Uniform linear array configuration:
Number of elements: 64
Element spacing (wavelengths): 0.25
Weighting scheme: hamming
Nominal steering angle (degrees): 45
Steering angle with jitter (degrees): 44.577
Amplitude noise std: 0.05
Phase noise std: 0.05

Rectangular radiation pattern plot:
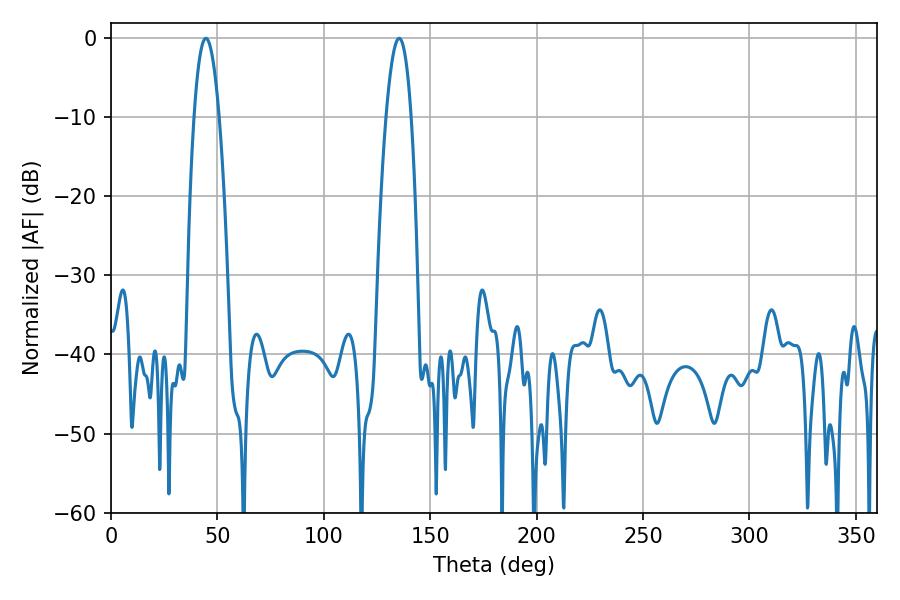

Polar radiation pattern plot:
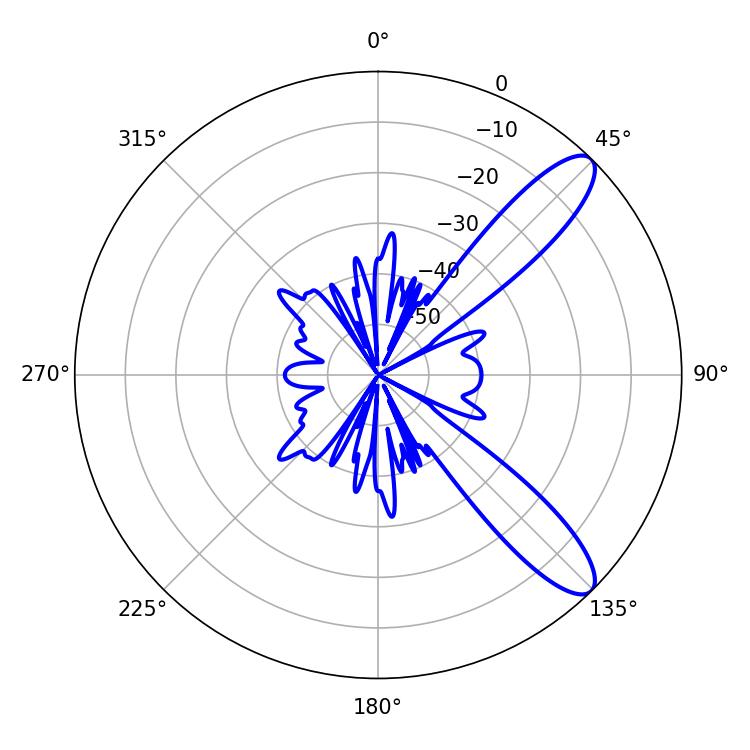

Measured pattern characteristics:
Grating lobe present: FALSE
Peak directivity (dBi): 10.652
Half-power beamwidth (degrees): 6.48
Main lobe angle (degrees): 44.64